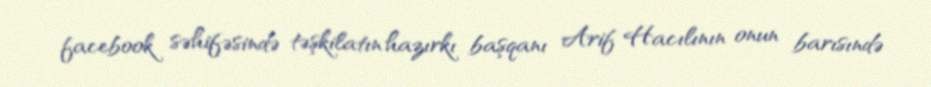
facebook səhifəsində təşkilatın hazırkı başqanı Arif Hacılının onun barısındə